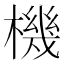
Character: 機